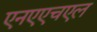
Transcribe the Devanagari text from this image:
एनएएचएल